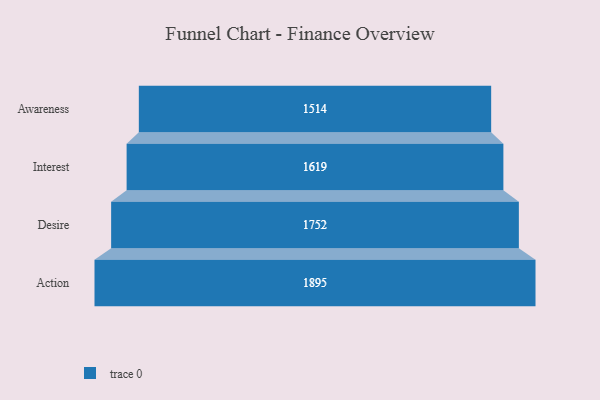
{"axis": {"x": "Stage", "y": "Value"}, "legend": [""], "data": [{"x": "Awareness", "y": 1514.0, "type": ""}, {"x": "Interest", "y": 1619.0, "type": ""}, {"x": "Desire", "y": 1752.0, "type": ""}, {"x": "Action", "y": 1895.0, "type": ""}]}